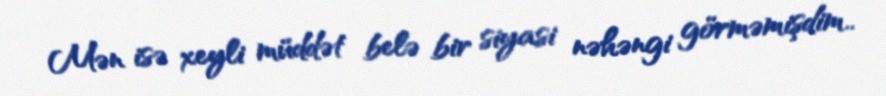
Mən isə xeyli müddət belə bir siyasi nəhəngi görməmişdim..